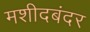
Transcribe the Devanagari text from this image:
मशीदबंदर